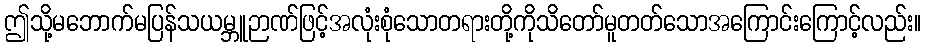
ဤသို့မဘောက်မပြန်သယမ္ဘူဉာဏ်ဖြင့်အလုံးစုံသောတရားတို့ကိုသိတော်မူတတ်သောအကြောင်းကြောင့်လည်း။